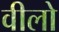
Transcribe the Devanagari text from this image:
वीलो